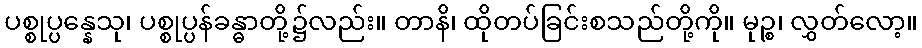
ပစ္စုပ္ပန္နေသု၊ ပစ္စုပ္ပန်ခန္ဓာတို့၌လည်း။ တာနိ၊ ထိုတပ်ခြင်းစသည်တို့ကို။ မုဉ္စ၊ လွှတ်လော့။